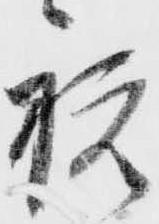
祝